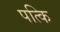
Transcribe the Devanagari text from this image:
पत्कि